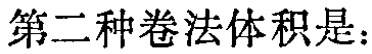
第二种卷法体积是：